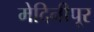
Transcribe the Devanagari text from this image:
मेदिनीपूर